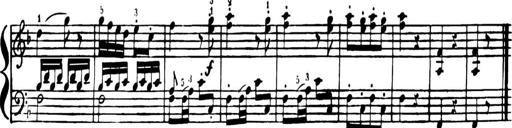
Title: Sequel to Instructions for the Piano-Forte,  M.3.06
Composer: Johann Baptist Cramer